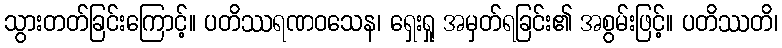
သွားတတ်ခြင်းကြောင့်။ ပတိဿရဏဝသေန၊ ရှေးရှု အမှတ်ရခြင်း၏ အစွမ်းဖြင့်။ ပတိဿတိ၊